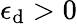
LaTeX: \epsilon_{\mathrm{d}}>0